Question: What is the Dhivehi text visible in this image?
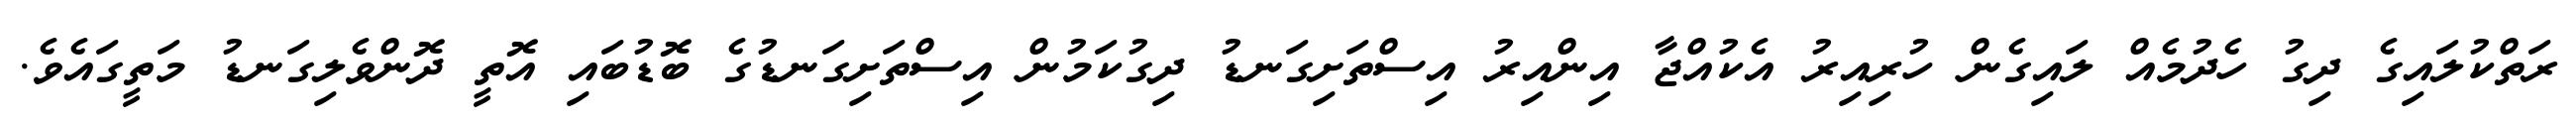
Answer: ރަތްކުލައިގެ ދިގު ހެދުމެއް ލައިގެން ހުރިއިރު އެކުއްޖާ އިންއިރު އިސްތަށިގަނޑު ދިގުކަމުން އިސްތަށިގަނޑުގެ ބޮޑުބައި އޮތީ ދޮންވެލިގަނޑު މަތީގައެވެ.